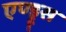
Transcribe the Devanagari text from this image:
एण्ड्रूस